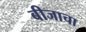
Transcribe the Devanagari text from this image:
बीजाचा